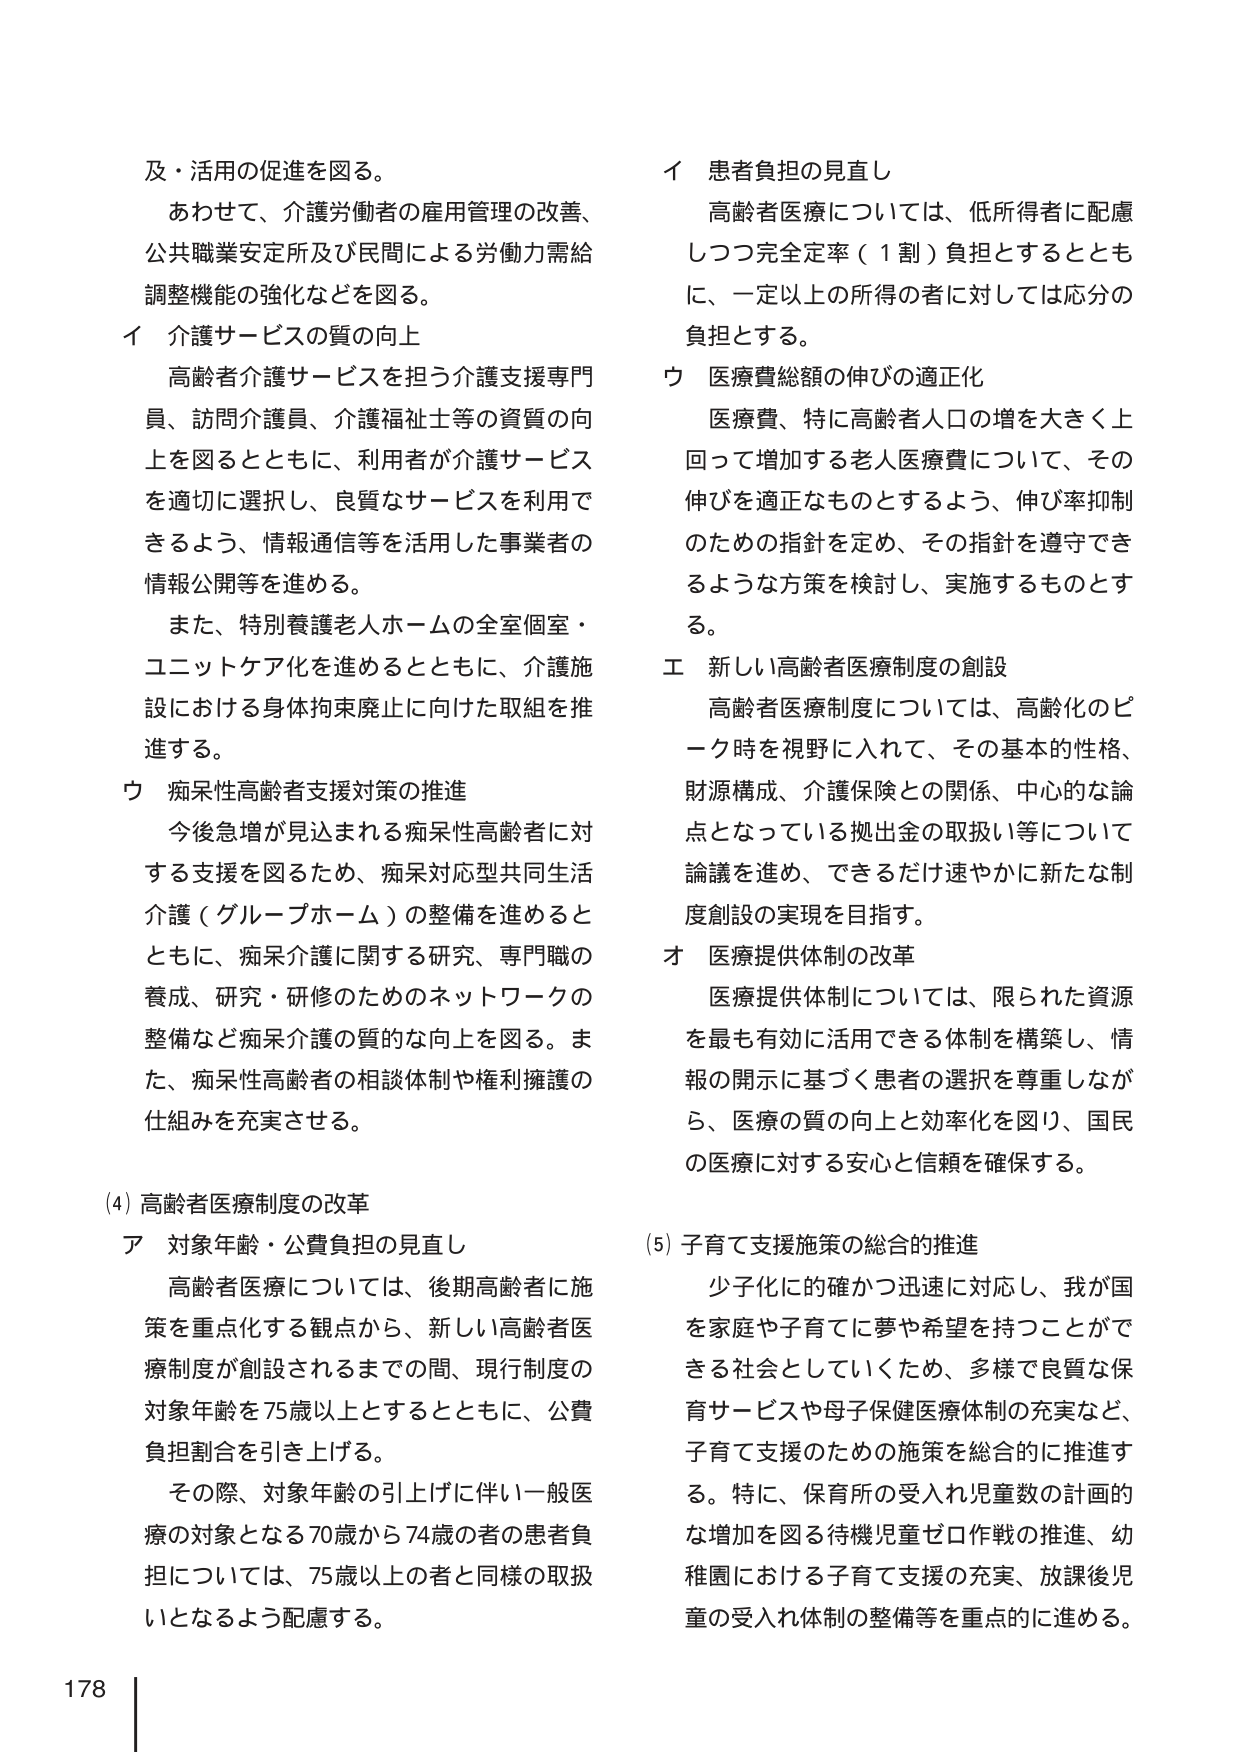
及・活用の促進を図る。

あわせて、介護労働者の雇用管理の改善、
公共職業安定所及び民間による労働力需給
調整機能の強化などを図る。

イ 介護サービスの質の向上

高齢者介護サービスを担う介護支援専門
員、訪問介護員、介護福祉士等の資質の向
上を図るとともに、利用者が介護サービス
を適切に選択し、良質なサービスを利用で
きるよう、情報通信等を活用した事業者の
情報公開等を進める。

また、特別養護老人ホームの全室個室・
ユニットケア化を進めるとともに、介護施
設における身体拘束廃止に向けた取組を推
進する。

ウ 痴呆性高齢者支援対策の推進

今後急増が見込まれる痴呆性高齢者に対
する支援を図るため、痴呆対応型共同生活
介護（グループホーム）の整備を進めると
ともに、痴呆介護に関する研究、専門職の
養成、研究・研修のためのネットワークの
整備など痴呆介護の質的な向上を図る。ま
た、痴呆性高齢者の相談体制や権利擁護の
仕組みを充実させる。

(4) 高齢者医療制度の改革

ア 対象年齢・公費負担の見直し

高齢者医療については、後期高齢者に施
策を重点化する観点から、新しい高齢者医
療制度が創設されるまでの間、現行制度の
対象年齢を75歳以上とするとともに、公費
負担割合を引き上げる。

その際、対象年齢の引上げに伴い一般医
療の対象となる70歳から74歳の者の患者負
担については、75歳以上の者と同様の取扱
いとなるよう配慮する。

イ 患者負担の見直し

高齢者医療については、低所得者に配慮
しつつ完全定率（1割）負担とするととも
に、一定以上の所得の者に対しては応分の
負担とする。

ウ 医療費総額の伸びの適正化

医療費、特に高齢者人口の増を大きく上
回って増加する老人医療費について、その
伸びを適正なものとするよう、伸び率抑制
のための指針を定め、その指針を遵守でき
るような方策を検討し、実施するものとす
る。

エ 新しい高齢者医療制度の創設

高齢者医療制度については、高齢化のピ
ーク時を視野に入れて、その基本的性格、
財源構成、介護保険との関係、中心的な論
点となっている拠出金の取扱い等について
論議を進め、できるだけ速やかに新たな制
度創設の実現を目指す。

オ 医療提供体制の改革

医療提供体制については、限られた資源
を最も有効に活用できる体制を構築し、情
報の開示に基づく患者の選択を尊重しなが
ら、医療の質の向上と効率化を図り、国民
の医療に対する安心と信頼を確保する。

(5) 子育て支援施策の総合的推進

少子化に的確かつ迅速に対応し、我が国
を家庭や子育てに夢や希望を持つことがで
きる社会としていくため、多様で良質な保
育サービスや母子保健医療体制の充実など、
子育て支援のための施策を総合的に推進す
る。特に、保育所の受入れ児童数の計画的
な増加を図る待機児童ゼロ作戦の推進、幼
稚園における子育て支援の充実、放課後児
童の受入れ体制の整備等を重点的に進める。

178